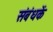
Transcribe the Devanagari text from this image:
संबंधकें